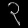
Digit: ၃